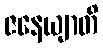
ဇနေယျာတိ